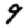
Digit: 9